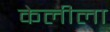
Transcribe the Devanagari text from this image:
केलीला